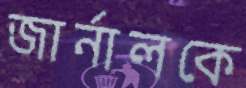
জার্নালকে